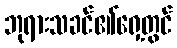
ဘုရားသခင်၏ရှေ့တွင်